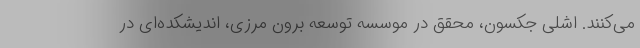
می‌کنند. اشلی جکسون، محقق در موسسه توسعه برون مرزی، اندیشکده‌ای در